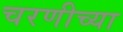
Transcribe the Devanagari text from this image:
चरणीच्या